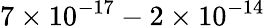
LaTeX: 7\times 10^{-17}-2\times 10^{-14}